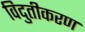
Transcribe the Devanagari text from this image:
विदुतीकरण